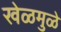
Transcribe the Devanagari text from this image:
खेळमुळे